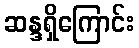
ဆန္ဒရှိကြောင်း